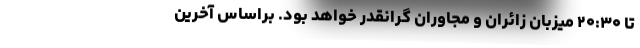
تا ۲۰:۳۰ میزبان زائران و مجاوران گرانقدر خواهد بود. براساس آخرین